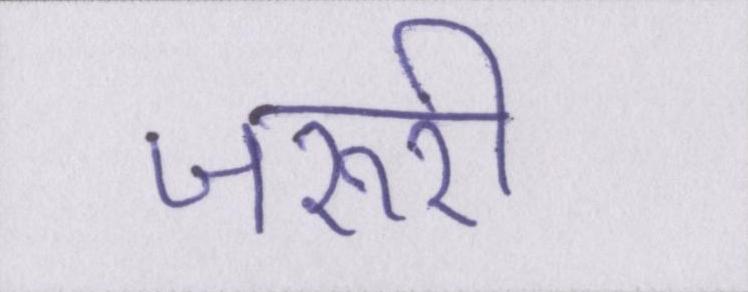
जरूरी